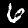
Digit: 6